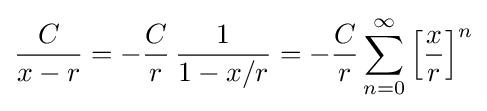
{\frac {C}{x-r}}=-{\frac {C}{r}}\,{\frac {1}{1-x/r}}=-{\frac {C}{r}}\sum _{n=0}^{\infty }\left[{\frac {x}{r}}\right]^{n}